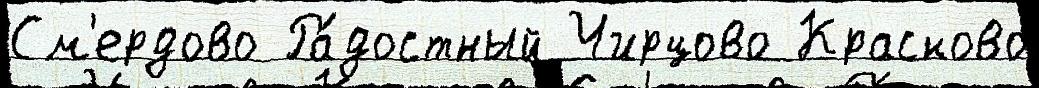
См'ердово Ра́достный Чирцово Красково